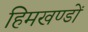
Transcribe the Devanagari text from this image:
हिमखण्डों